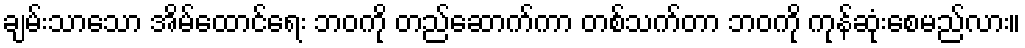
ချမ်းသာသော အိမ်ထောင်ရေး ဘဝကို တည်ဆောက်ကာ တစ်သက်တာ ဘဝကို ကုန်ဆုံးစေမည်လား။